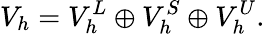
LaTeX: V_{h}=V_{h}^{L}\oplus V_{h}^{S}\oplus V_{h}^{U}.